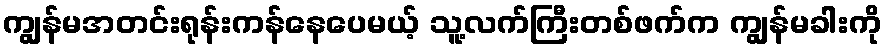
ကျွန်မအတင်းရုန်းကန်နေပေမယ့် သူ့လက်ကြီးတစ်ဖက်က ကျွန်မခါးကို